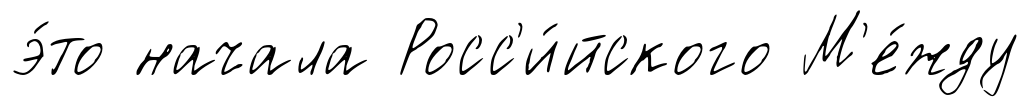
э́то начала Росс'и́йского М'е́жду